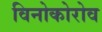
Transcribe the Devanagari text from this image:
विनोकोरोव